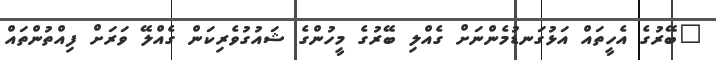
"ބޭރުގެ އެހީތައް އަޅުގަނޑުމެންނަށް ގެއްލި ބޭރުގެ މީހުންގެ ޝައުގުވެރިކަން ގެއްލޭ ވަރަށް ފިއްތުންތައް